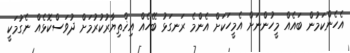
އެހެންކަމުން ބައެއް މީހުންނަށް އެމީހަކަށް އެންމެ ރަނގަޅު ބޭހެއް އިޚްތިޔާރުކުރުމަށް ދުވަސްކޮޅެއް ނެގުމަކީ